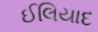
ઈલિયાદ